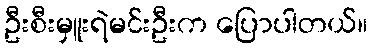
ဦးစီးမှူးရဲမင်းဦးက ပြောပါတယ်။